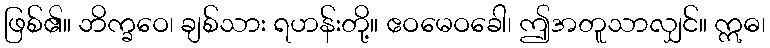
ဖြစ်၏။ ဘိက္ခဝေ၊ ချစ်သား ရဟန်းတို့။ ဧဝမေဝခေါ၊ ဤအတူသာလျှင်။ ဣဓ၊